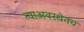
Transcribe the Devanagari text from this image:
त्याअवस्थेतच